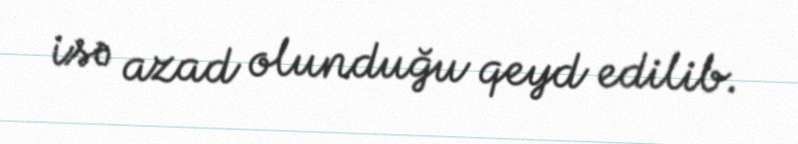
isə azad olunduğu qeyd edilib.